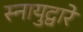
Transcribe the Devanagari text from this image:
स्नायुद्वारे